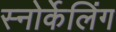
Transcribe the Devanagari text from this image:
स्नोर्केलिंग